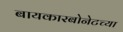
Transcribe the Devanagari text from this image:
बायकारबोनेटच्या